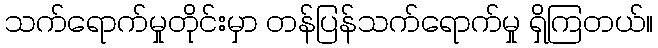
သက်ရောက်မှုတိုင်းမှာ တန်ပြန်သက်ရောက်မှု ရှိကြတယ်။